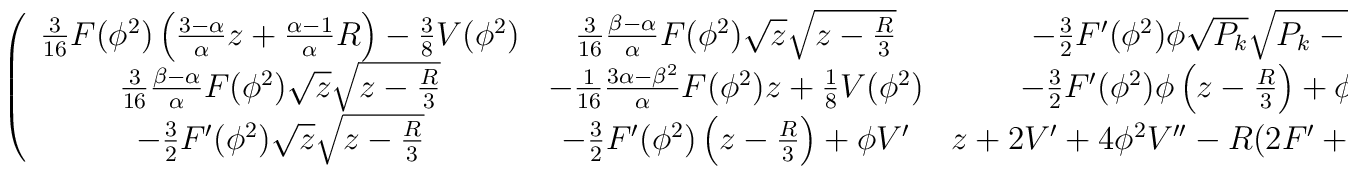
\left(\begin{array}{c c c}{3\over16}F(\phi^2)\left({3-\alpha\over\alpha}z+{\alpha-1\over\alpha}R\right)-{3\over8}V(\phi^2)&{3\over16}{\beta-\alpha\over\alpha}F(\phi^2)\sqrt{z}\sqrt{z-{R\over3}}&-{3\over2}F'(\phi^2)\phi\sqrt{P_k}\sqrt{P_k-{R\over3}}\\{3\over16}{\beta-\alpha\over\alpha}F(\phi^2)\sqrt{z}\sqrt{z-{R\over3}}&-{1\over16}{3\alpha-\beta^2\over\alpha}F(\phi^2)z+{1\over8}V(\phi^2)&-{3\over2}F'(\phi^2)\phi\left(z-{R\over3}\right)+\phi V'\\-{3\over2}F'(\phi^2)\sqrt{z}\sqrt{z-{R\over3}}&-{3\over2}F'(\phi^2)\left(z-{R\over3}\right)+\phi V'&z+2V'+4\phi^2V''-R(2F'+4\phi^2F'')\end{array}\right).